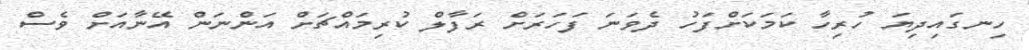
ހިނގައިދިޔަ ހުރިހާ ކަމަކަށްފަހު ދެވަނަ ފަހަރަށް ރަފާލް ކުރިމައްޗަށް އަންނަން އޭނާއަށް ވެސް